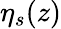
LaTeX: \eta_{s}(z)